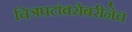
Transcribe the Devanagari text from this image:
चित्रपटांबरोबरीनेच